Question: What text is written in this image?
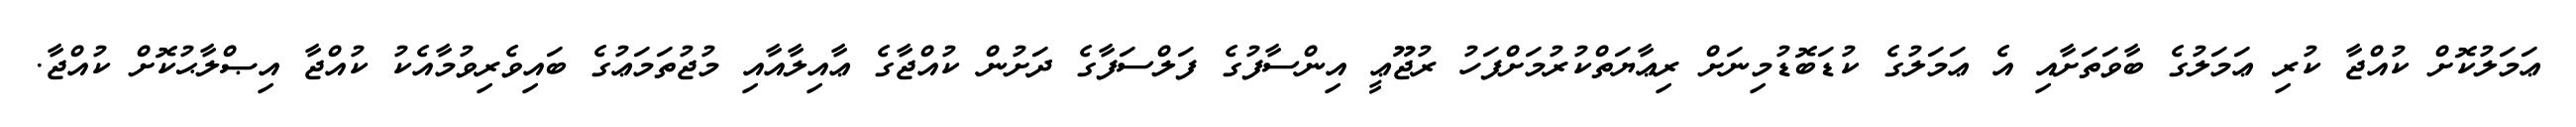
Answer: ޢަމަލުކޮށް ކުއްޖާ ކުރި ޢަމަލުގެ ބާވަތަށާއި އެ ޢަމަލުގެ ކުޑަބޮޑުމިނަށް ރިޢާޔަތްކުރުމަށްފަހު ރުޖޫޢީ އިންސާފުގެ ފަލްސަފާގެ ދަށުން ކުއްޖާގެ ޢާއިލާއާއި މުޖުތަމަޢުގެ ބައިވެރިވުމާއެކު ކުއްޖާ އިޞްލާޙުކޮށް ކުއްޖާ.